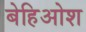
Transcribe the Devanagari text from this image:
बेहिओश